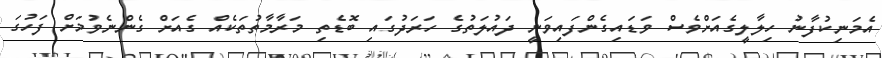
އެމަނިކުފާނު ހިލާލީގެއަށްވެސް ވަޑައިގެންފައިވަނީ ދައުލަތުގެ ހަރަދުގައި ބޮޑެތި މަރާމާތުތަކެއް ގެއަށް ގެންނެވުމަށް ފަހުގަ